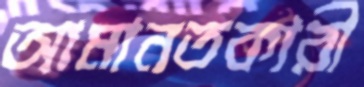
আমানতকারী